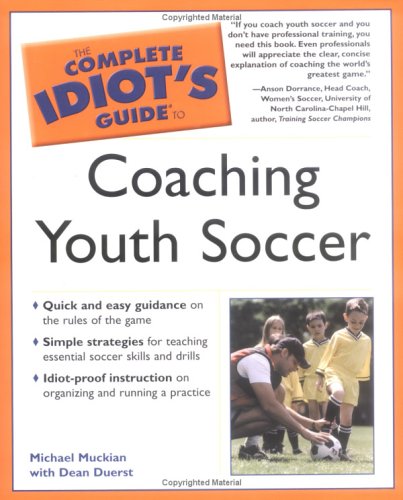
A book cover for The Complete Idiot's Guide to Coaching Youth Soccer; Michael Muckian; Sports & Outdoors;